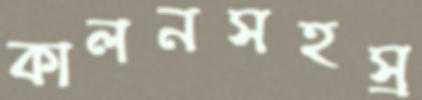
কালনসহস্র